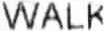
WALK